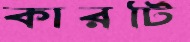
কারটি